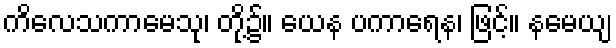
ကိလေသကာမေသု၊ တို့၌။ ယေန ပကာရေန၊ ဖြင့်။ နမေယျ